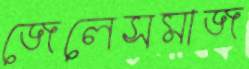
জেলেসমাজ